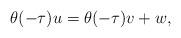
LaTeX: \begin{align*} \theta(-\tau)u=\theta(-\tau)v+w,\end{align*}